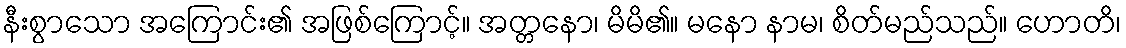
နီးစွာသော အကြောင်း၏ အဖြစ်ကြောင့်။ အတ္တနော၊ မိမိ၏။ မနော နာမ၊ စိတ်မည်သည်။ ဟောတိ၊